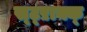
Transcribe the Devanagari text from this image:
स्ट्ऱाक्क्